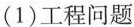
(1)工程问题